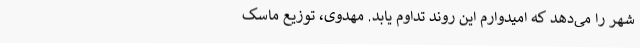
شهر را می‌دهد که امیدوارم این روند تداوم یابد. مهدوی، ‌توزیع ماسک